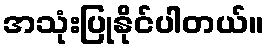
အသုံးပြုနိုင်ပါတယ်။